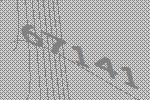
67141